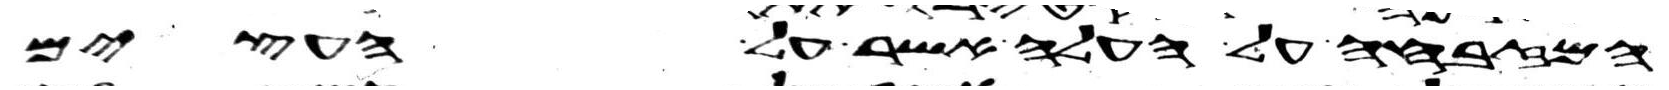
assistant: המזבחה על העלה אשר על העצים